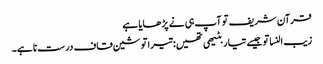
قرآن شریف تو آپ ہی نے پڑھایا ہے
زیب النسا تو جیسے تیار بٹیھی تھیں: تیرا تو شین قاف درست نا ہے۔